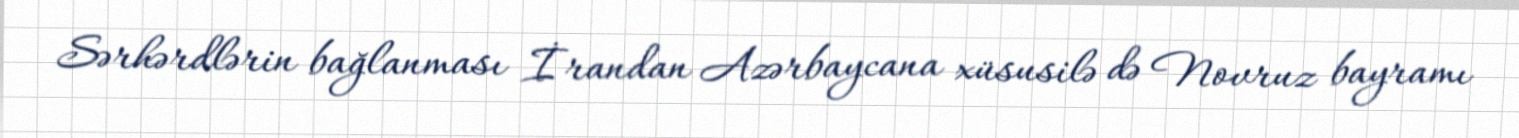
Sərhərdlərin bağlanması İrandan Azərbaycana xüsusilə də Novruz bayramı